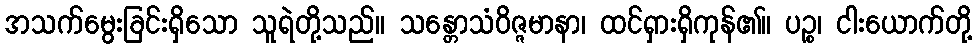
အသက်မွေးခြင်းရှိသော သူရဲတို့သည်။ သန္တောသံဝိဇ္ဇမာနာ၊ ထင်ရှားရှိကုန်၏။ ပဉ္စ၊ ငါးယောက်တို့